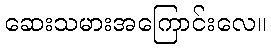
ဆေးသမားအကြောင်းလေ။